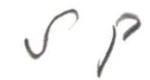
S P